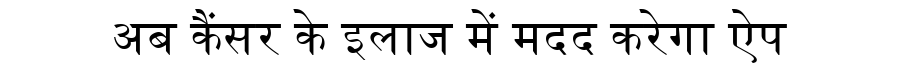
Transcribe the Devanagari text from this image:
अब कैंसर के इलाज में मदद करेगा ऐप